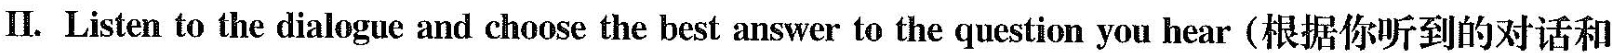
Ⅱ. Listen to the dialogue and choose the best answerto the question you hear(根据你听到的对话